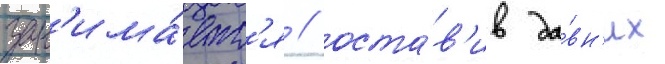
зан'има́етс'я / оста́в'ив да́вн'их